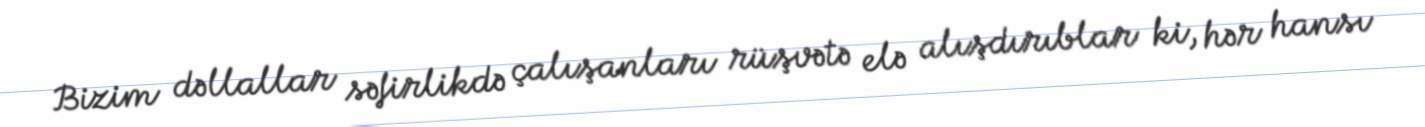
Bizim dəllallar səfirlikdə çalışanları rüşvətə elə alışdırıblar ki, hər hansı